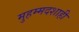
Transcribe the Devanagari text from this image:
मुहम्मदशाही